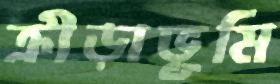
ক্রীড়াভূমি